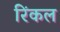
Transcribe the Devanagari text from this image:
रिंकल